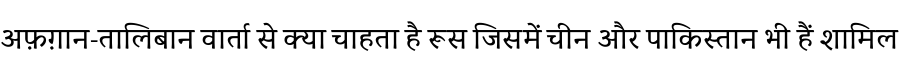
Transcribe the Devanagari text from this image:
अफ़ग़ान-तालिबान वार्ता से क्या चाहता है रूस जिसमें चीन और पाकिस्तान भी हैं शामिल